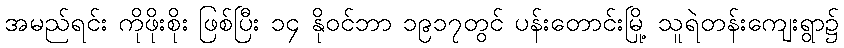
အမည်ရင်း ကိုဖိုးစိုး ဖြစ်ပြီး ၁၄ နိုဝင်ဘာ ၁၉၁၇တွင် ပန်းတောင်းမြို့ သူရဲတန်းကျေးရွာ၌